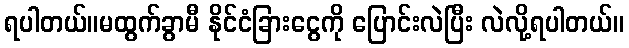
ရပါတယ်။မထွက်ခွာမီ နိုင်ငံခြားငွေကို ပြောင်းလဲပြီး လဲလို့ရပါတယ်။